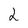
Character: 2